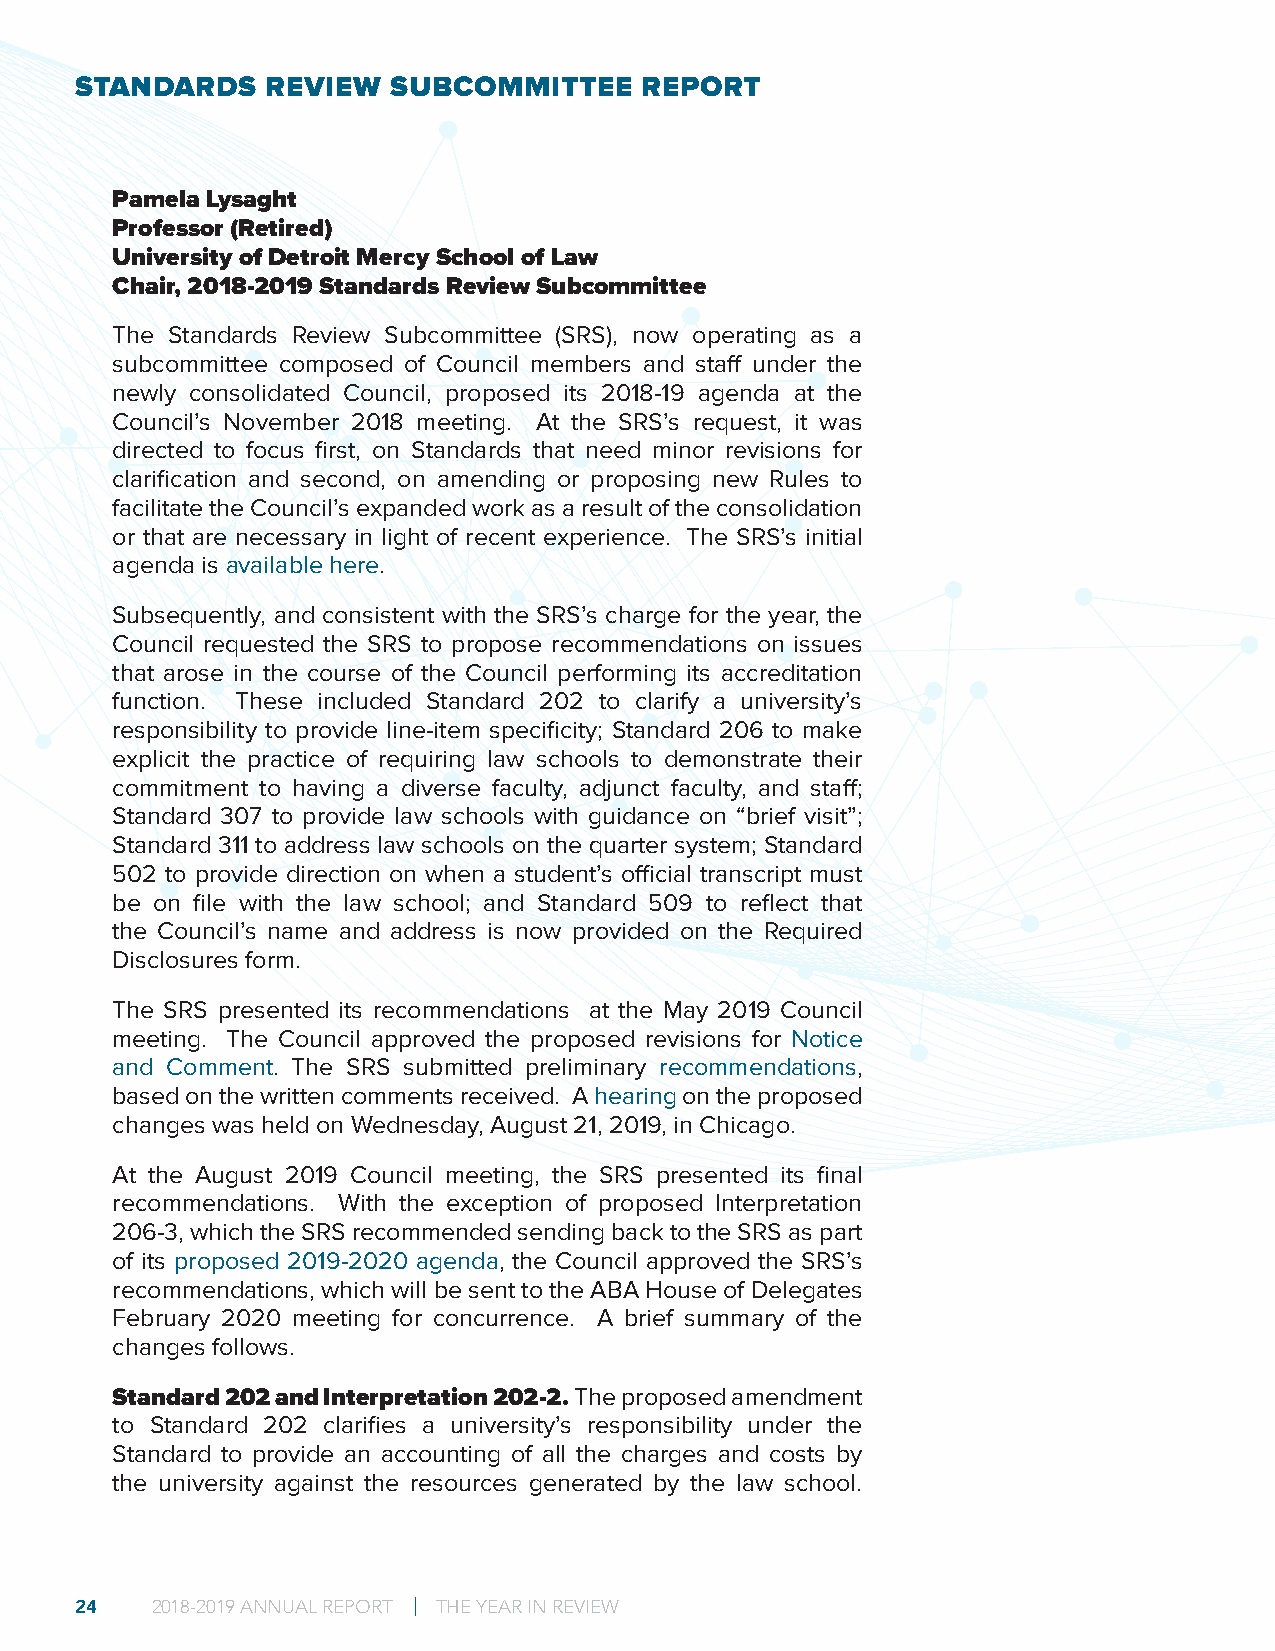
STANDARDS    REVIEW  SUBCOMMITTEE    REPORT
 Pamela Lysaght
 Professor (Retired)
 University of Detroit Mercy School of Law
 Chair, 2018-2019 Standards Review Subcommittee
 The Standards Review Subcommittee (SRS), now operating as a
 subcommittee composed of Council members and staff under the
 newly consolidated Council, proposed its 2018-19 agenda at the
 Council’s November 2018 meeting. At the SRS’s request, it was
 directed to focus first, on Standards that need minor revisions for
 clarification and second, on amending or proposing new Rules to
 facilitate the Council’s expanded work as a result of the consolidation
 or that are necessary in light of recent experience. The SRS’s initial
 agenda is available here.
 Subsequently, and consistent with the SRS’s charge for the year, the
 Council requested the SRS to propose recommendations on issues
 that arose in the course of the Council performing its accreditation
 function. These included Standard 202 to clarify a university’s
 responsibility to provide line-item specificity; Standard 206 to make
 explicit the practice of requiring law schools to demonstrate their
 commitment to having a diverse faculty, adjunct faculty, and staff;
 Standard 307 to provide law schools with guidance on “brief visit”;
 Standard 311 to address law schools on the quarter system; Standard
 502 to provide direction on when a student’s official transcript must
 be on file with the law school; and Standard 509 to reflect that
 the Council’s name and address is now provided on the Required
 Disclosures form.
 The SRS presented its recommendations at the May 2019 Council
 meeting. The Council approved the proposed revisions for Notice
 and Comment. The SRS submitted preliminary recommendations,
 based on the written comments received. A hearing on the proposed
 changes was held on Wednesday, August 21, 2019, in Chicago.
 At the August 2019 Council meeting, the SRS presented its final
 recommendations. With the exception of proposed Interpretation
 206-3, which the SRS recommended sending back to the SRS as part
 of its proposed 2019-2020 agenda, the Council approved the SRS’s
 recommendations, which will be sent to the ABA House of Delegates
 February 2020 meeting for concurrence. A brief summary of the
 changes follows.
 Standard 202 and Interpretation 202-2. The proposed amendment
 to Standard 202 clarifies a university’s responsibility under the
 Standard to provide an accounting of all the charges and costs by
 the university against the resources generated by the law school.
 24   2018-2019 ANNUAL REPORT | THE YEAR IN REVIEW